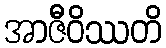
အာဇီဝိဿတိ